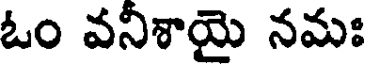
ఓం వనీశాయై నమః